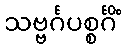
သဗ္ဗင်္ဂပစ္စင်္ဂိံ